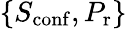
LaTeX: \{ S_{\mathrm{conf}},P_{\mathrm{r}}\}